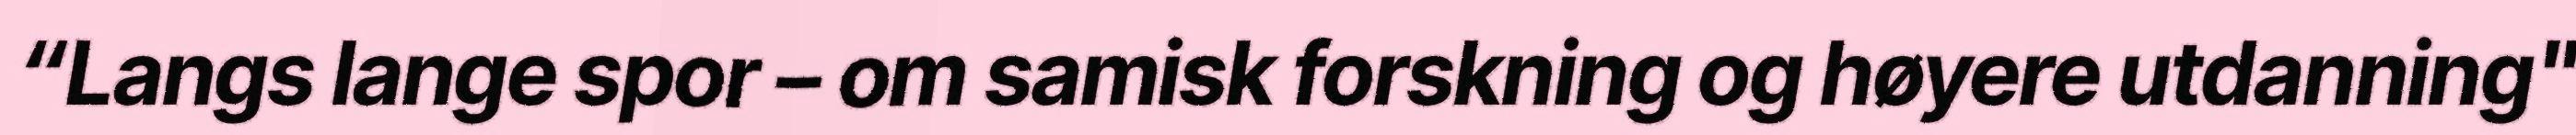
“Langs lange spor – om samisk forskning og høyere utdanning"